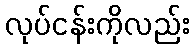
လုပ်ငန်းကိုလည်း